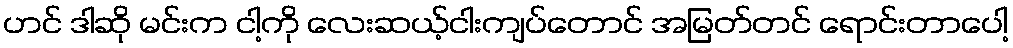
ဟင် ဒါဆို မင်းက ငါ့ကို လေးဆယ့်ငါးကျပ်တောင် အမြတ်တင် ရောင်းတာပေါ့